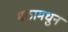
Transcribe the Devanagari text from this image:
मठामधुन